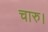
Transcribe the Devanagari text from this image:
चारु।